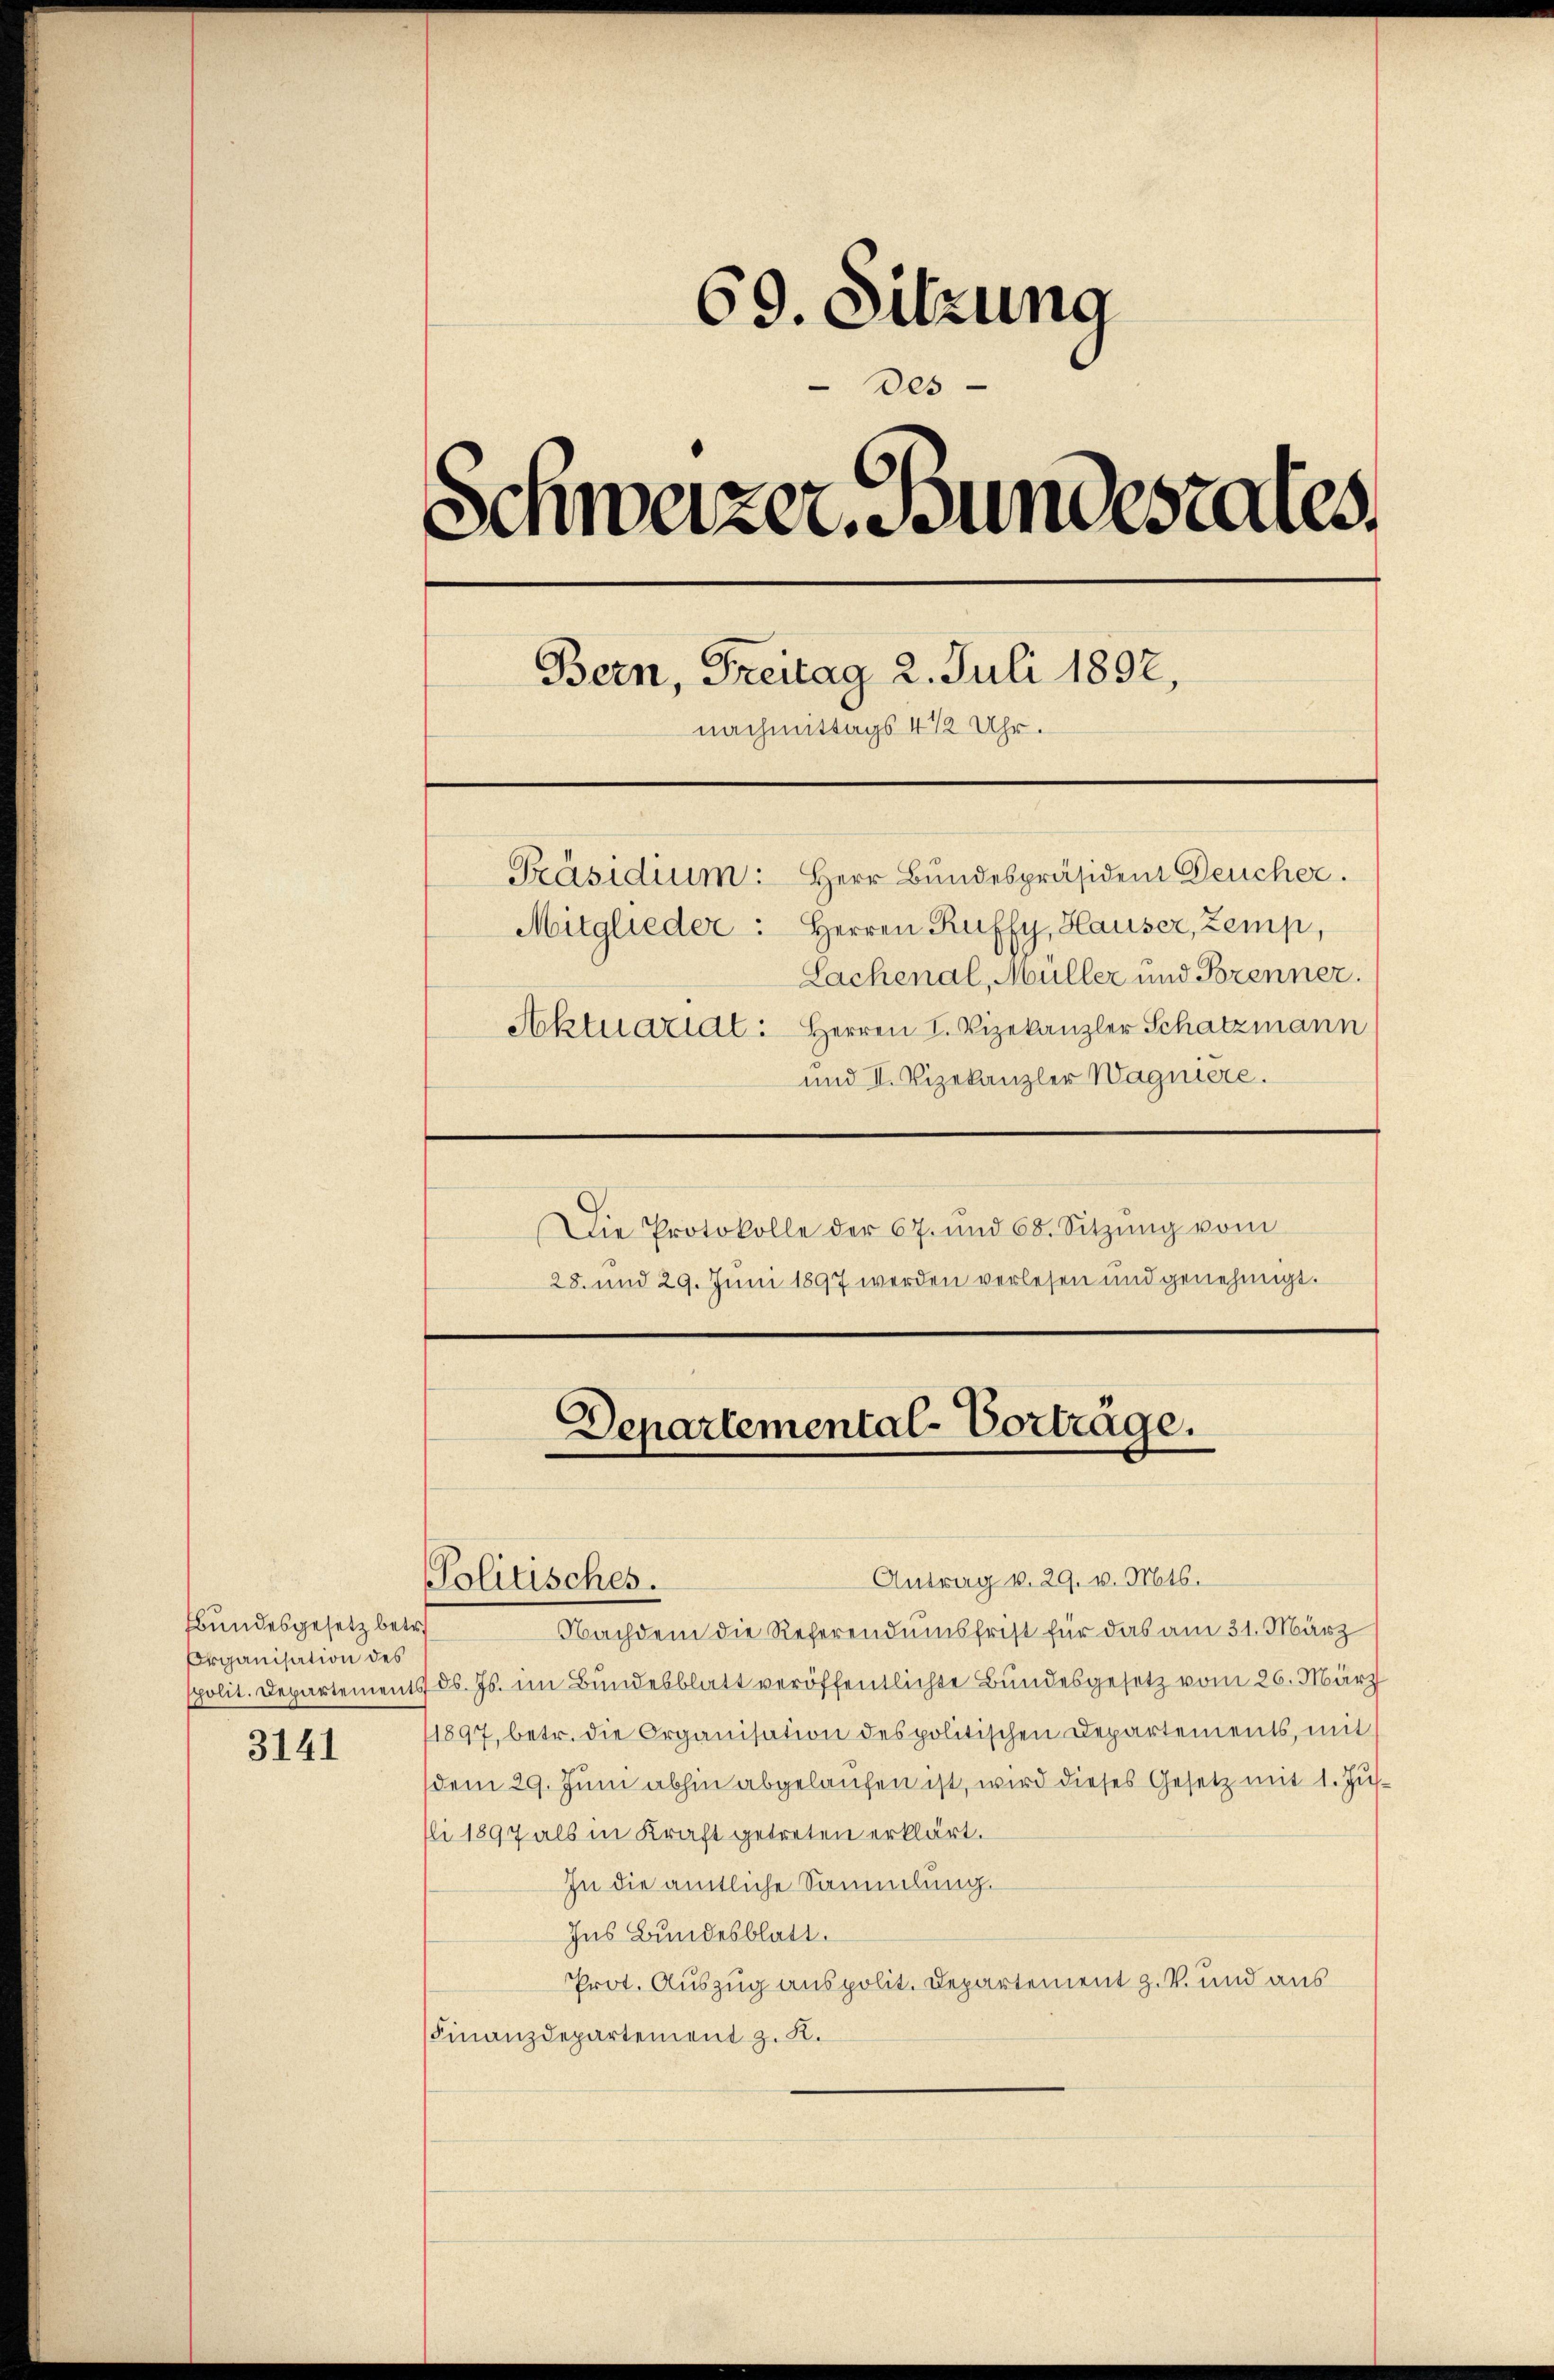
Bundesgesetz betr.
Organisation des

3141

69. Sitzung
Des
Schwazer Bundesrates
Bern, Freitag 2. Juli 1892,
nachmittags 4 1/2 Uhr.
Präsidium. Herr Bundespräsident Deucher.
Mitglieder: Herren Ruffy, Hauser, Zemp,
Sachenal, Müller und Brenner.
Aktuariat: Herren L. Vizekanzler Schatzmann
und II. Vizekanzler Wagniere.
Die Protokolle der 67. und 68. Sitzŭng vom
28. und 29. Juni 1897 werden verlesen und genehmigt.

Politisches.

Departemental-Vorträge.

Antrag v. 29. v. Mts.
Nachdem die Referendumsfrist für das am 31. März
polit. Departements d. Js. im Bundesblatt veröffentlichte Bundesgesetz vom 26. März
1897, betr. die Organisation des politischen Departements, mit
dem 29. Juni abhin abgelaufen ist, wird dieses Gesetz mit 1. Jus
Eli 1897 als in Kraft getreten erklärt.
In die amtliche Sammlung.
Ins Bundesblatt.
Prot. Auszug aus polit. Departement z. B. und aus
Finanzdepartement z. R.